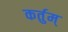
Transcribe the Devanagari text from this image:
कर्तुम्